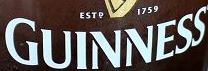
GUINNESS